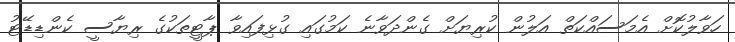
ހަވާލުކޮށް އެމަސައްކަތް އަލުން ކުރިޔަށް ގެންދަވާނެ ކަމުގައި ގުޅިފައިވާ ޕާޓީތަކުގެ ރިޔާސީ ކެންޑިޑޭޓު